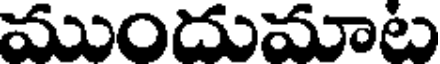
ముందుమాట